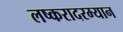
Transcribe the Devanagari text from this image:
लष्करादरम्यान